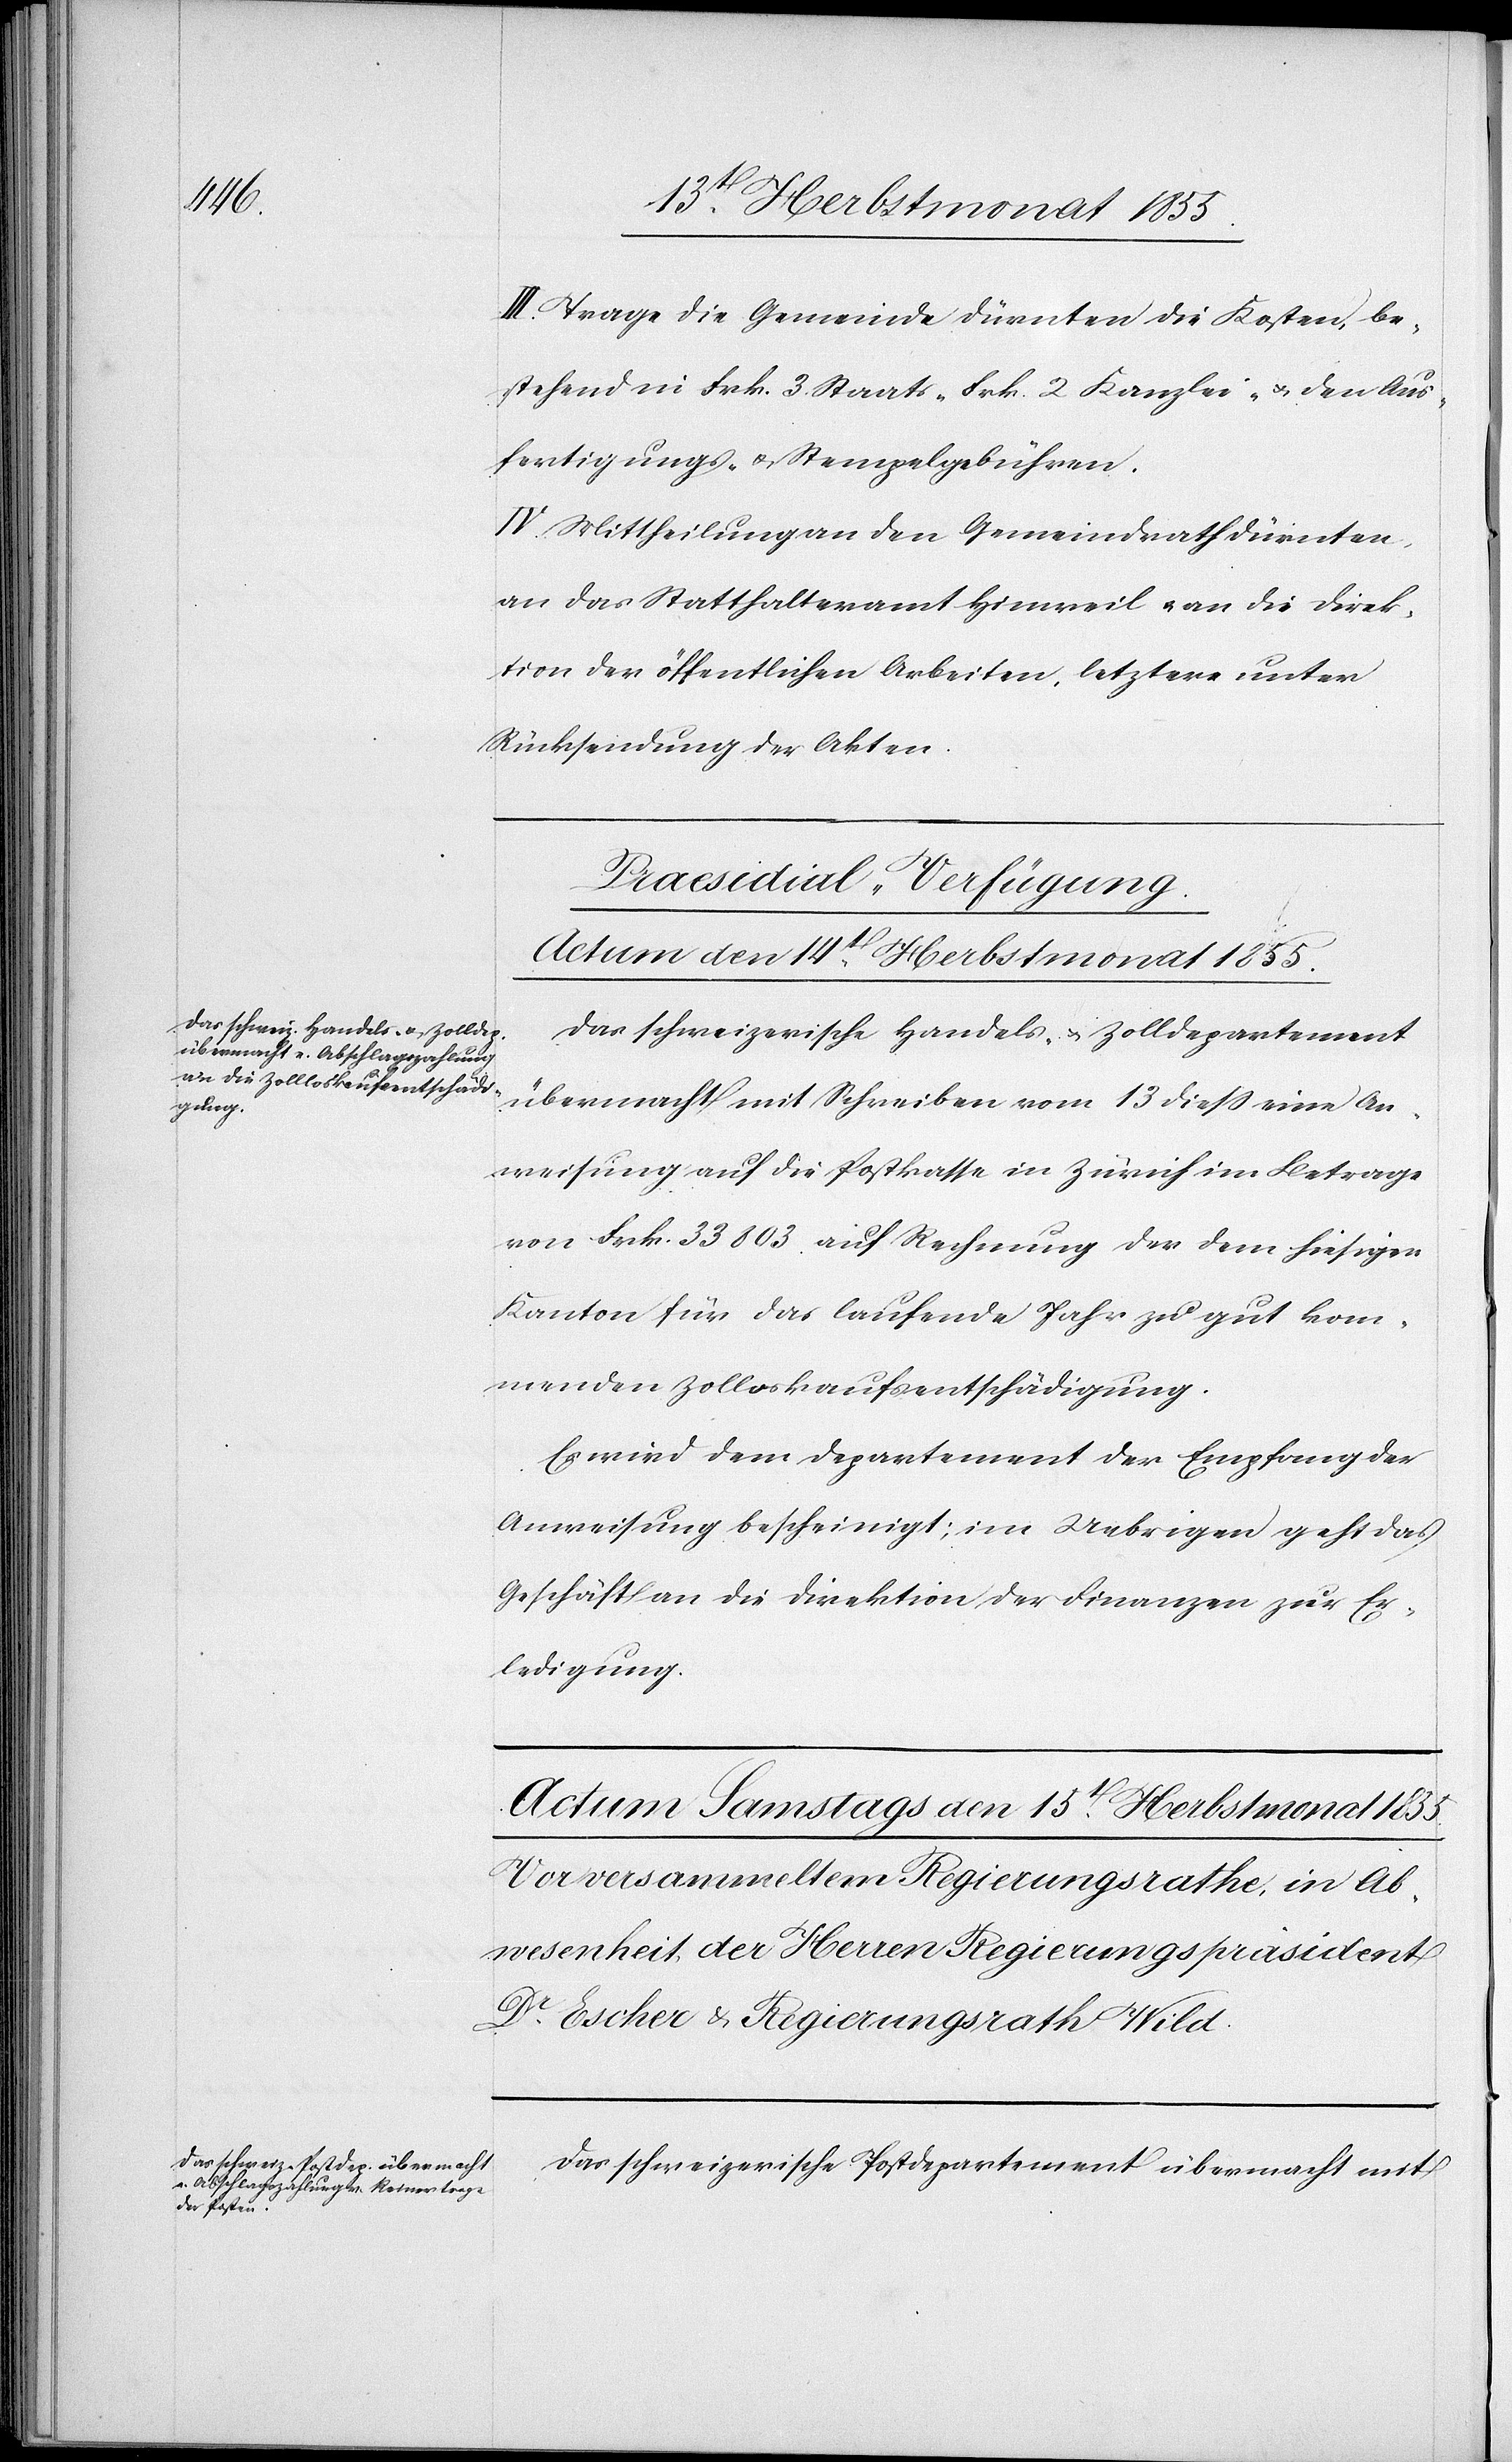
III. Trage die Gemeinde Dürnten die Kosten, be¬
stehend in Frk. 3 Staats-[,] Frk. 2 Kanzlei- & den Aus¬
fertigungs- & Stempelgebühren.
IV. Mittheilung an den Gemeindrath Dürnten,
an das Statthalteramt Hinweil & an die Direk¬
tion der öffentlichen Arbeiten, letztere unter
Rücksendung der Akten.
Praesidial-Verfügung.
Actum den 14t. Herbstmonat 1855.
Das schweizerische Handels- & Zolldepartement
übermacht mit Schreiben vom 13 diess eine An¬
weisung auf die Postkasse in Zürich im Betrage
von Frk. 33 803. auf Rechnung der dem hiesigen
Kanton für das laufende Jahr zu gut kom¬
menden Zoll[l]oskaufsentschädigung.
Es wird dem Department der Empfang der
Anweisung bescheinigt; im Uebrigen geht das
Geschäft an die Direktion der Finanzen zur Er¬
ledigung.
Das schweizerische Postdepartement übermacht mit